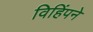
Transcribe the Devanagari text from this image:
विहिंपने